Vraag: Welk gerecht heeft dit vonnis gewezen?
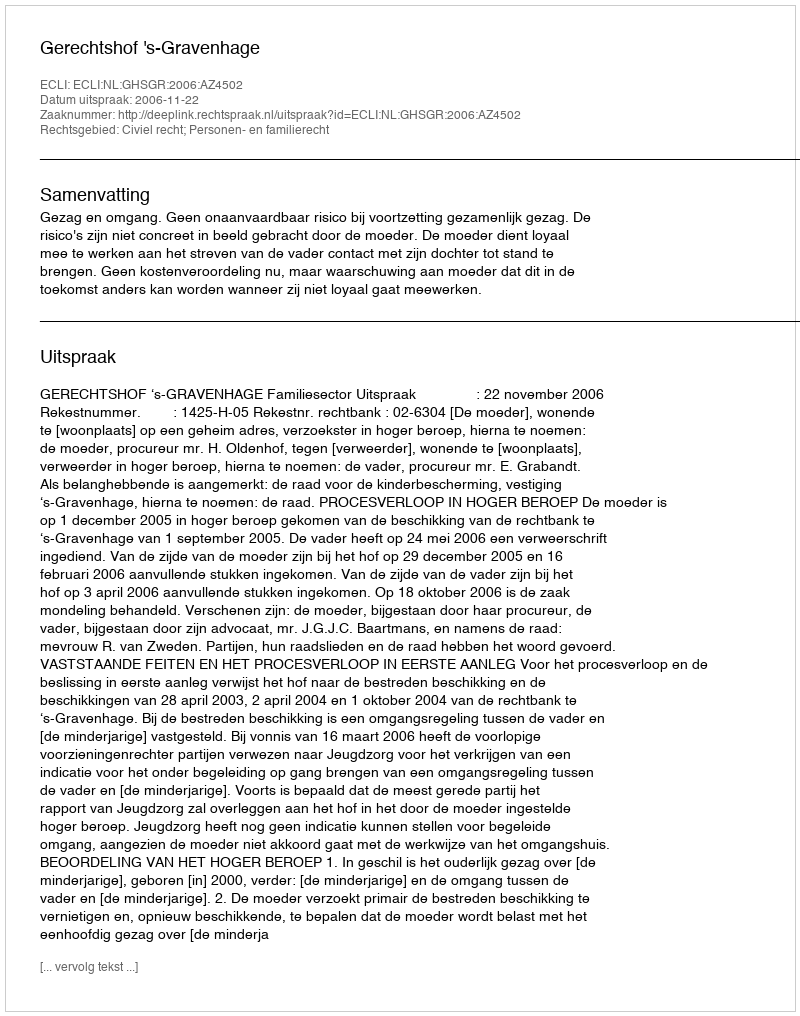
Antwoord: Gerechtshof 's-Gravenhage